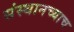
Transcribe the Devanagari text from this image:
संस्थानच्याच